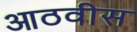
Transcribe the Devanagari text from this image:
आठवीस